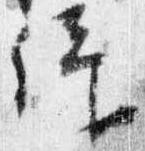
仰